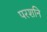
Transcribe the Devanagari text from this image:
परशनि